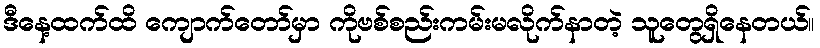
ဒီနေ့ထက်ထိ ကျောက်တော်မှာ ကိုဗစ်စည်းကမ်းမလိုက်နာတဲ့ သူတွေရှိနေတယ်။